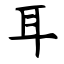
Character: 耳